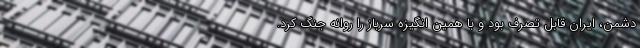
دشمن، ایران قابل تصرف بود و با همین انگیزه سرباز را روانه جنگ کرد.